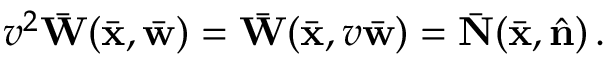
v ^ { 2 } \bar { \bf W } ( \bar { \bf x } , \bar { \bf w } ) = \bar { \bf W } ( \bar { \bf x } , v \bar { \bf w } ) = \bar { \bf N } ( \bar { \bf x } , \hat { \bf n } ) \, .